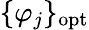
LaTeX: \{ \varphi_{j}\} _{\mathrm{opt}}